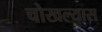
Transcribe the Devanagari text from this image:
चोखल्यास